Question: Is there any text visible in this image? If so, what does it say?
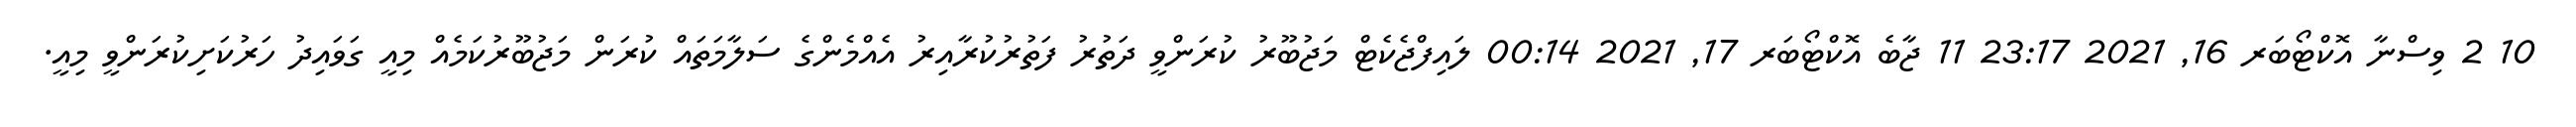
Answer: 10 2 ވިސްނާ އޮކްޓޯބަރ 16, 2021 23:17 11 ޖާބެ އޮކްޓޯބަރ 17, 2021 00:14 ލައިފްޖެކެޓް މަޖުބޫރު ކުރަންވީ ދަތުރު ފަތުރުކުރާއިރު އެއްމެންގެ ސަލާމަތައް ކުރަން މަޖުބޫރުކަމެއް މިއީ ގަވައިދު ހަރުކަށިކުރަންވީ މިއީ.